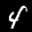
Label: 4